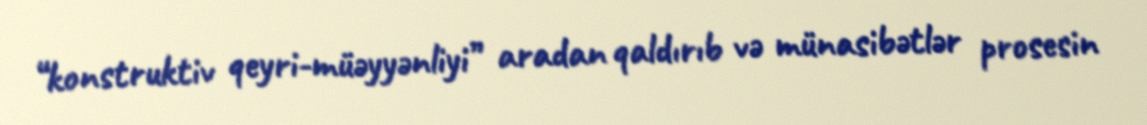
“konstruktiv qeyri-müəyyənliyi” aradan qaldırıb və münasibətlər prosesin